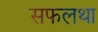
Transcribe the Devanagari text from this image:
सफलथा